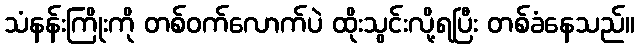
သံနန်းကြိုးကို တစ်ဝက်လောက်ပဲ ထိုးသွင်းလို့ရပြီး တစ်ခံနေသည်။